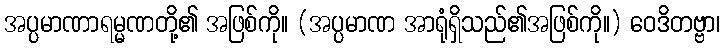
အပ္ပမာဏာရမ္မဏတို့၏ အဖြစ်ကို။ (အပ္ပမာဏ အာရုံရှိသည်၏အဖြစ်ကို။) ဝေဒိတဗ္ဗာ၊